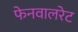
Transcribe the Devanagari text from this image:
फेनवालरेट